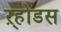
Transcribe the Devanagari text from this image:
ऱ्होडस